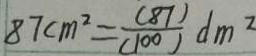
8 7 c m ^ { 2 } = \frac { ( 8 7 ) } { ( 1 0 0 ) } d m ^ { 2 }